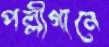
পল্লীগানে